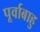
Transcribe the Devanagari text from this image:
पूर्वाबाहु